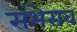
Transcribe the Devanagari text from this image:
संभेराव